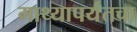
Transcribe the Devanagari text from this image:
माथ्यापर्यंतचा